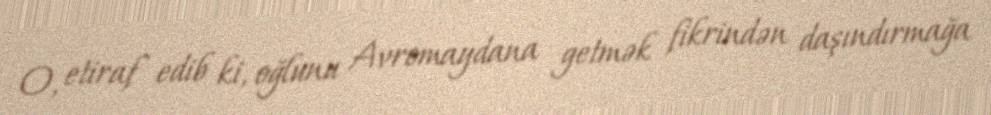
O, etiraf edib ki, oğlunu Avromaydana getmək fikrindən daşındırmağa